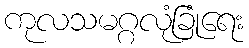
ကုလသမဂ္ဂလုံခြုံရေး